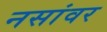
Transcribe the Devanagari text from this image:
नसांवर